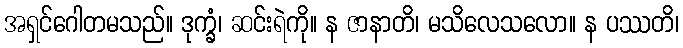
အရှင်ဂေါတမသည်။ ဒုက္ခံ၊ ဆင်းရဲကို။ န ဇာနာတိ၊ မသိလေသလော။ န ပဿတိ၊